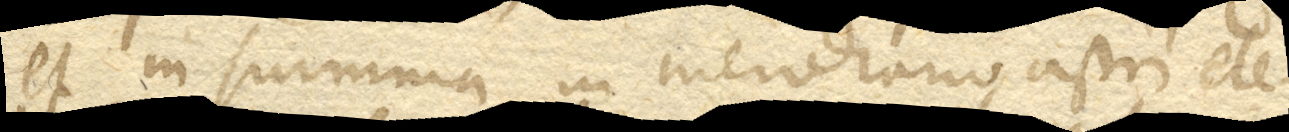
et in summa in meridianoastri ele–